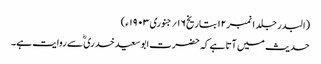
(البدر جلد ۱ نمبر ۱۲ بتاریخ ۱۶؍ جنوری ۱۹۰۳ ء)
حدیث میں آتا ہے کہ حضرت ابوسعیدخدری ؓ سے روایت ہے۔